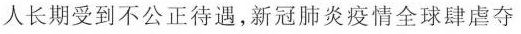
美国黑人长期受到不公正待遇，新冠肺炎疫情全球肆虐夺